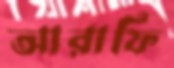
আরাফি